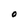
Character: O